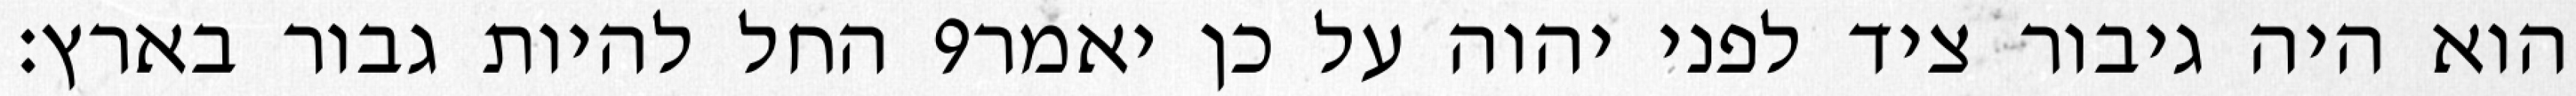
החל להיות גבור בארץ׃ ‎9‏ הוא היה גיבור ציד לפני יהוה על כן יאמר